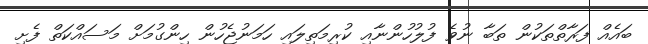
ބައެއް ފަރާތްތަކުން ތަބާ ނުވެ ފުލުހުންނާއި ކުރިމަތިލައި ހަމަނުޖެހުން ހިންގުމަށް މަސައްކަތް ފެށި